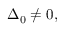
\Delta _ { 0 } \neq 0 ,